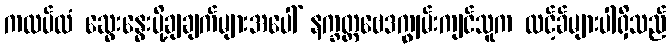
ကလပ်ထံ ဆွေးနွေးပို့ချချက်များအပေါ် နက္ခတ္တဗေဒကျွမ်းကျင်သူက လင့်ခ်များပါရှိသည်